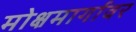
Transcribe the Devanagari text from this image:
मोक्षमार्गावर